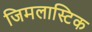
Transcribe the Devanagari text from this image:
जिमलास्टिक